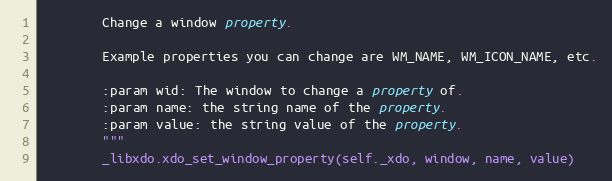
Language: Python
        Change a window property.

        Example properties you can change are WM_NAME, WM_ICON_NAME, etc.

        :param wid: The window to change a property of.
        :param name: the string name of the property.
        :param value: the string value of the property.
        """
        _libxdo.xdo_set_window_property(self._xdo, window, name, value)